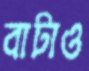
বাটাও